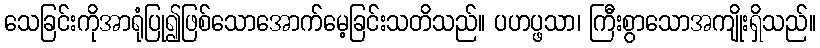
သေခြင်းကိုအာရုံပြု၍ဖြစ်သောအောက်မေ့ခြင်းသတိသည်။ ပဟပ္ဖသာ၊ ကြီးစွာသောအကျိုးရှိသည်။